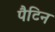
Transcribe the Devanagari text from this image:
पैटिन